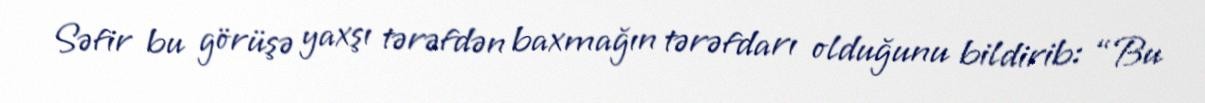
Səfir bu görüşə yaxşı tərəfdən baxmağın tərəfdarı olduğunu bildirib: “Bu